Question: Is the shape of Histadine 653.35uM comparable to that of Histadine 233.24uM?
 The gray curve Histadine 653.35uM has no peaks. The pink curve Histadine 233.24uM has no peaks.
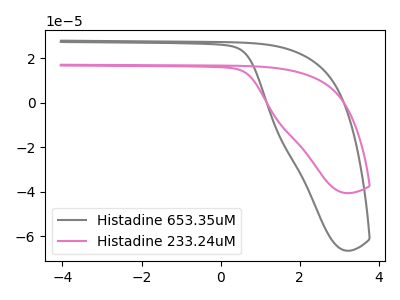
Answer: <think>Neither "Histadine 653.35uM" or "Histadine 233.24uM" have any peaks.
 </think>
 <answer>"Histadine 653.35uM" and "Histadine 233.24uM" are similar in shape.</answer>
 <eval>same_shape</eval>